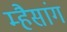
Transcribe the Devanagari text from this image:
म्हैसांग